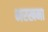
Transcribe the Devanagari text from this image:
भरखना